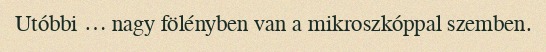
Utóbbi … nagy fölényben van a mikroszkóppal szemben.